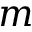
m